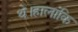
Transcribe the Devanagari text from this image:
थे।हालांकि